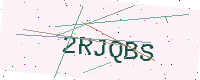
Text: 2RJQBS